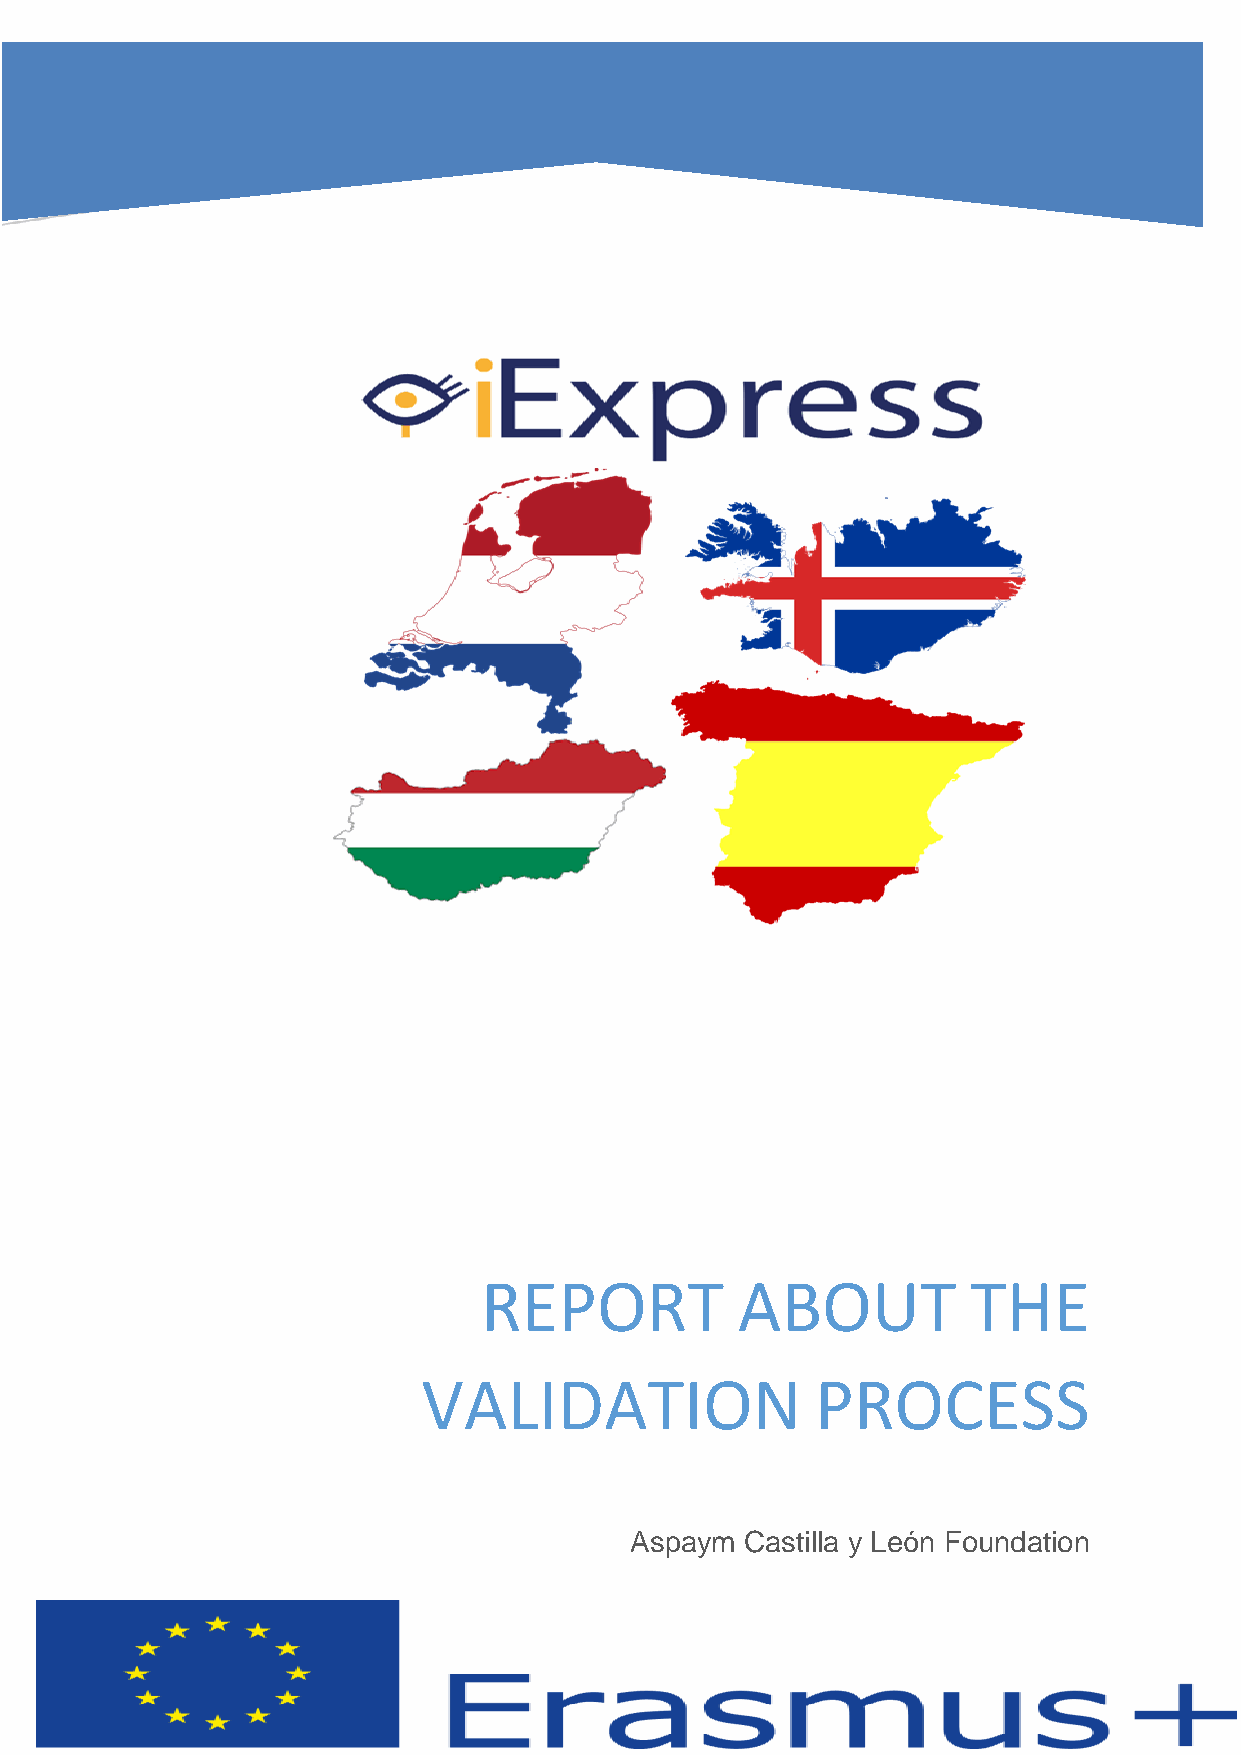
REPORT           ABOUT          THE
 VALIDATION                PROCESS
 Aspaym Castilla y León Foundation